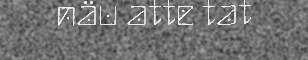
näu atte tat